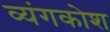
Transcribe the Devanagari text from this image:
व्यंगकोश